Civil Veterinary Department Bihar reports 1940-50 - 1940-1950
Year: 1940
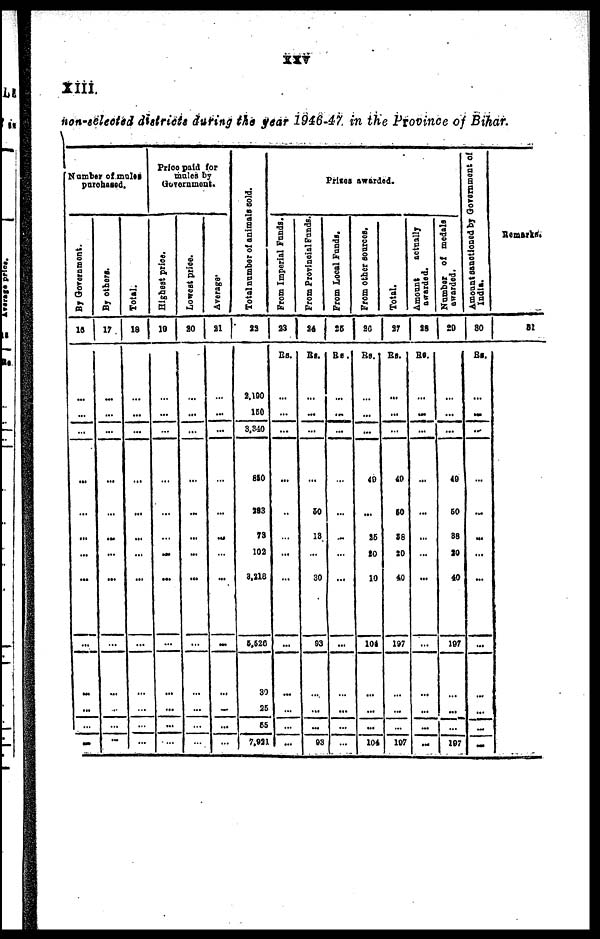
XXV
XIII.
non-selected districts during the year 1946-47 in the Province of Bihar.
Number of mules
purchased.
By Government.
16
...
...
...
...
...
...
...
...
...
...
...
...
...
By others.
17
...
...
...
...
...
...
...
...
...
...
...
...
...
Total.
18
...
...
...
...
...
...
...
...
...
...
...
...
...
Price paid for
mules by
Government.
Highest price.
19
...
...
...
...
...
...
...
...
...
...
...
...
...
Lowest price.
80
...
...
...
...
...
...
...
...
...
...
...
...
...
Average.
21
...
...
...
...
...
...
...
...
...
...
...
...
...
Total Number of animals sold.
32
2,190
150
3,3.10
810
293
79
102
3.218
6.620
30
26
65
7.921
Prizes awarded.
From Imperial Funds.
23
Rs.
...
...
...
...
..
...
...
...
...
...
...
...
...
From Provincial Funds.
24
Rs.
...
...
...
...
50
18
...
30
03
...
...
...
93
From Local Funds.
25
Rs.
...
...
...
...
...
...
...
...
...
...
...
...
...
From other sources.
20
Rs.
...
...
...
40
...
26
to
10
10*
...
...
...
104
Total.
27
Rs.
...
...
...
40
60
88
20
40
107
...
...
...
107
Amount
actually
awarded.
28
Rs.
...
...
...
...
...
...
...
...
...
...
...
...
...
Number of medals
awarded.
29
...
...
...
40
60
88
20
40
107
...
...
...
107
Amount sanctioned by Government of
India.
30
Rs.
...
...
...
...
...
...
...
...
...
...
...
...
...
Remarks.
31